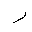
Letter: _ra